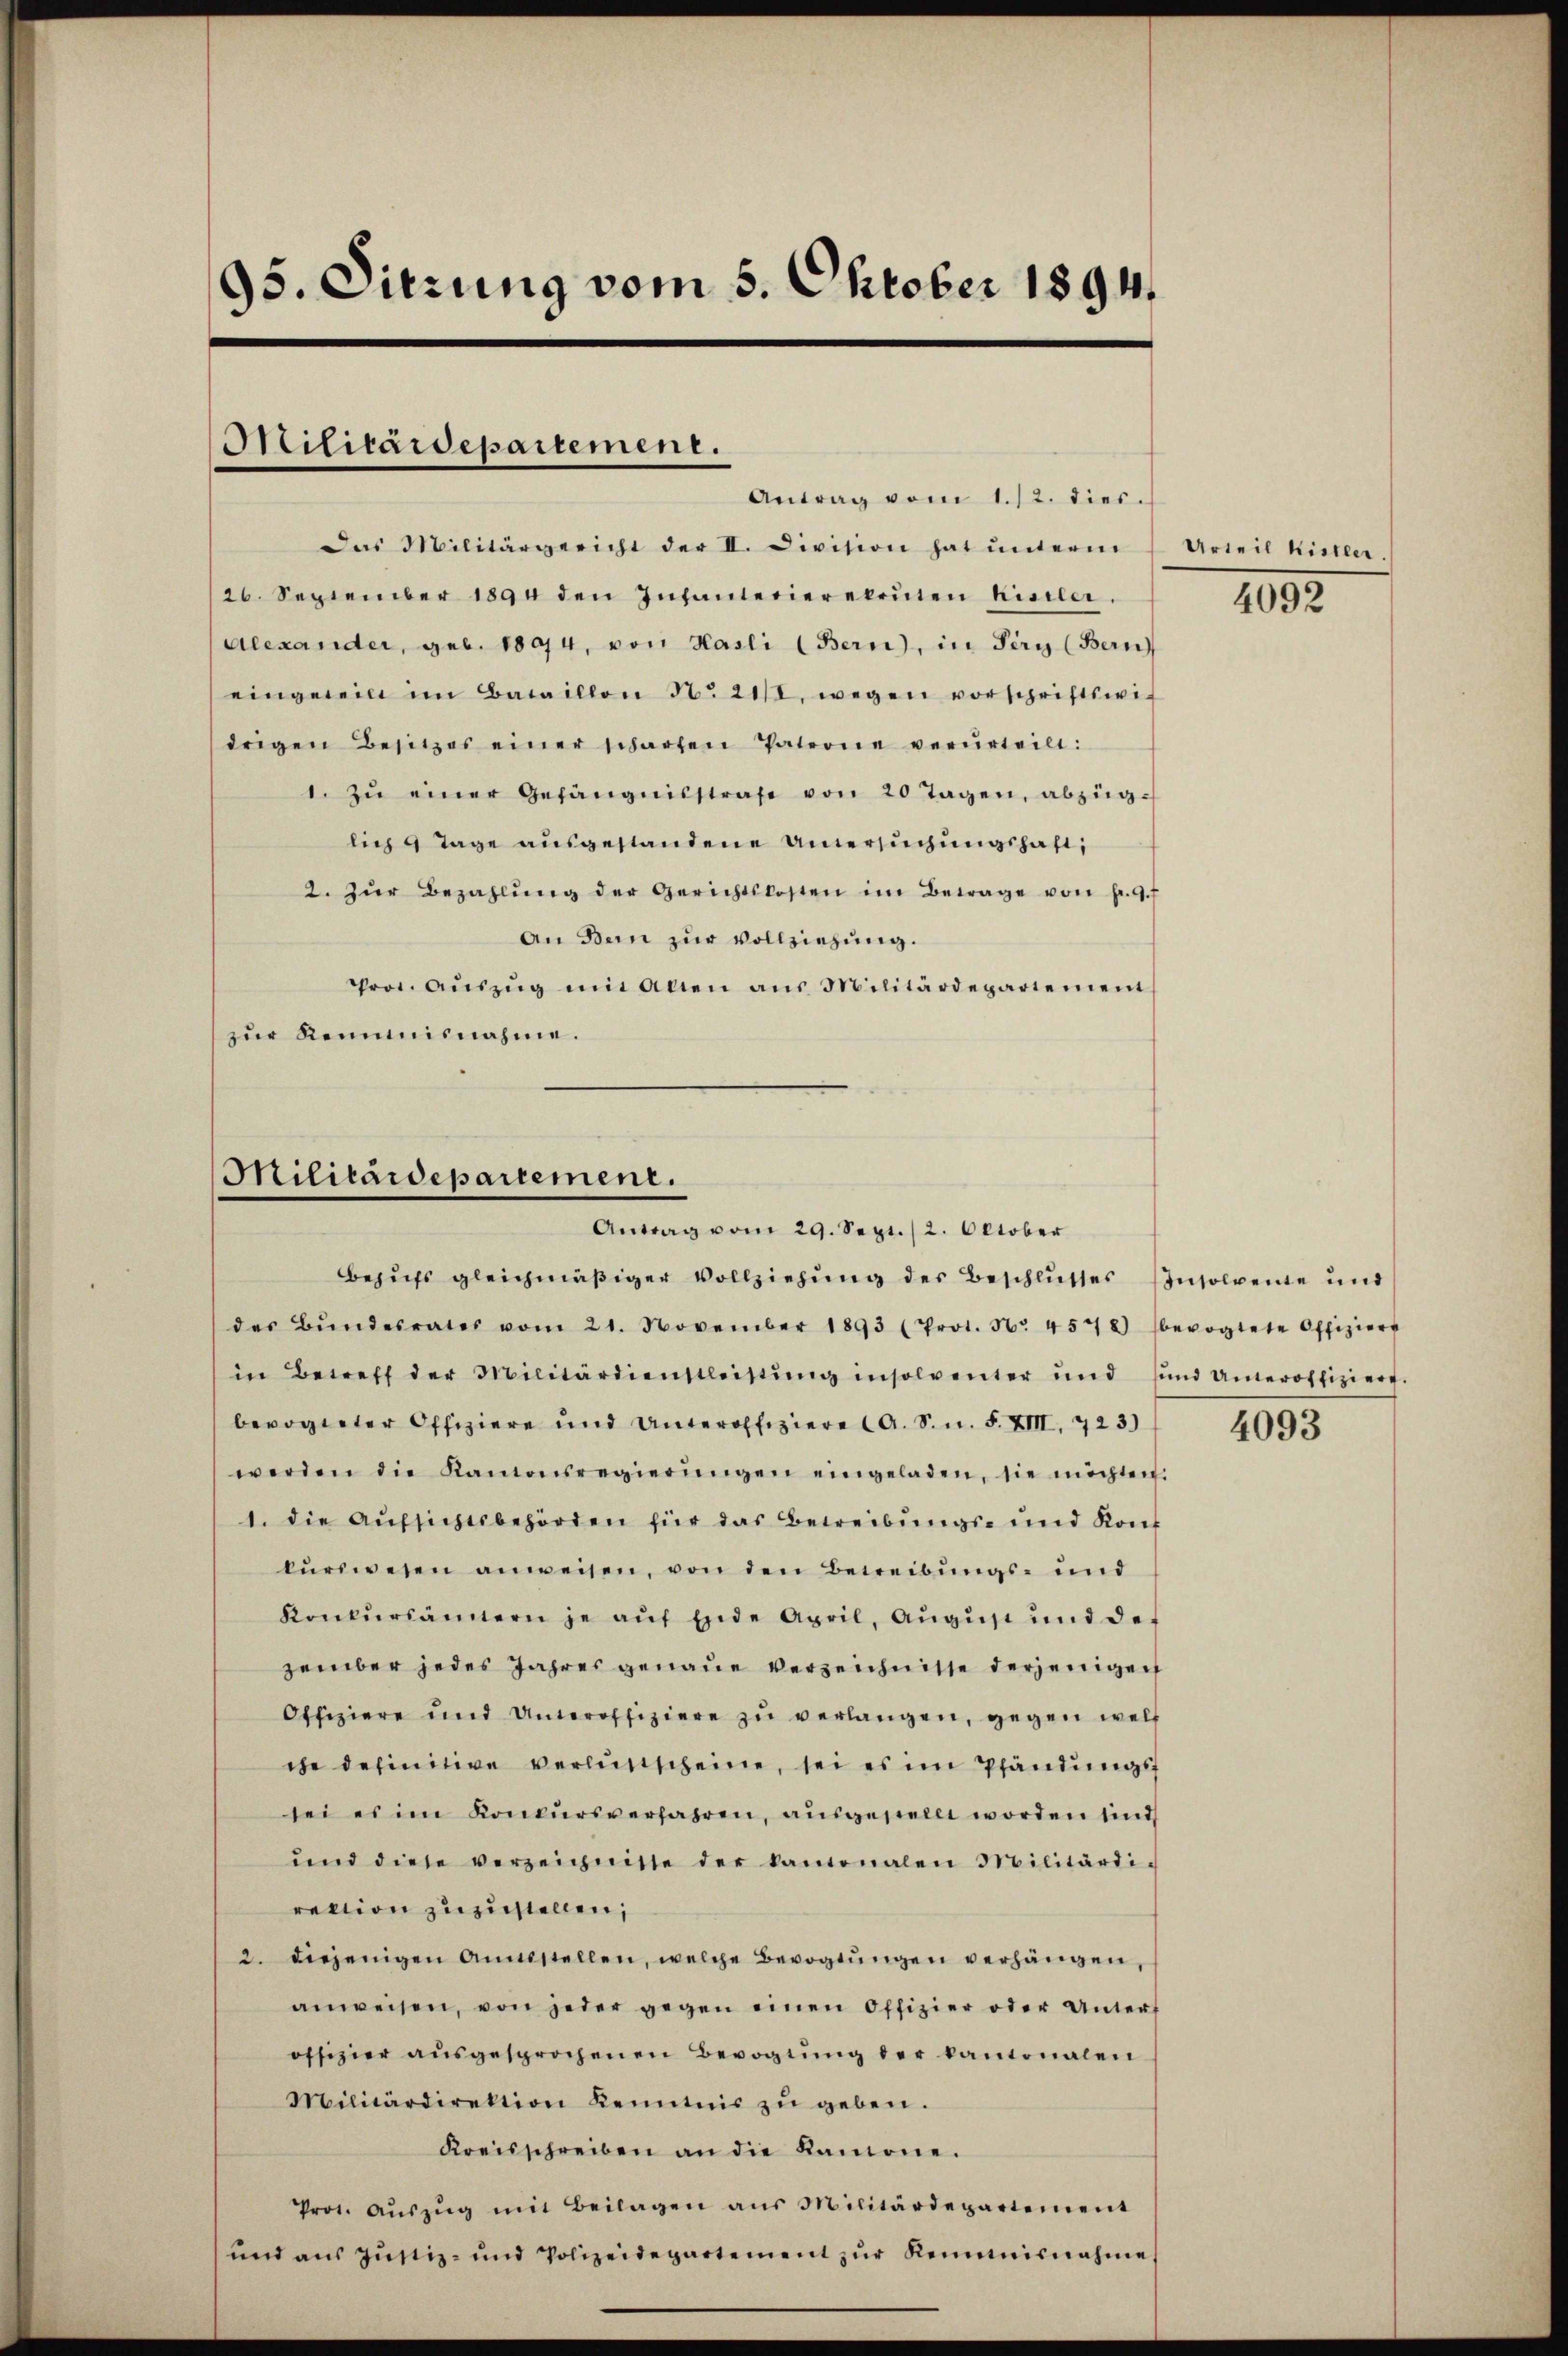
95. Sitzung vom 5. Oktober 1894

Militärdepartement.

Das Militärgericht der II. Division hat unterm
26. September 1894 den Infanterierekruten Kiseler.
Alexander, geb. 1894, von Hasli (Bern), in Pery (Bern)
eingerein im Bataillon No 212, wegen vorschriftswis
drigen Besitzes einer scharfen Paterne verurteilt:
1. zŭ einer Gefängnisstrafe von 20 Tagen, abzüglich 9 Tage ausgestandene Untersuchungshaft,
2. Zŭr Bezahlŭng der Gerichtskosten im Betrage von fr. 9 f
An Bern zur Vollziehung.
pro. aŭszŭg mit allen aus Militärdepariement
zur Remmnisnahme.

Antrag vom 1./2. dies.

Militärdepartement.
Antrag vom 29. Sept. 12. Oktober
Behŭfs gleichmäβiger Vollziehŭng der Beschlŭsses Insolvente und

des Bŭndesrates vom 21. November 1893 (Prot. Nr. 4572) bevogtete Offizier
in Betreff der Militärdienstleistung insolventer und sind Unteroffizierg.
bevogteter Offiziere und Unteroffiziere (A. S. n. F. XIII. 723.)
werden die Kantonsregierŭngen eingeladen, sie möchten:
1. Die Aufsichtsbehörden für das Betreibungs- und Konf
kŭrswesen anweisen, von den Betreibungs- und
Konkŭrsämtern je aŭf Ende April, August und des
zember jedes Jahres genaue Verzeichnisse derjenigen
Offiziere und Unteroffiziere zŭ verlangen, gegen wels
che definitive verlustscheine, sei es im Pfändungssei es im Konkŭrsverfahren, aŭsgestellt worden sind
ŭnd diese verzeichnitte der kantonalen Militärdi-
rection zuzustellen;
2. diejenigen Ausstellen, welche Bevogtŭngen verhängen,
anweisen, von jeder gegen einen Offizier oder Unters
offizier ausgesprochenen Bevogtung der kantonalen
Militärdirektion Kenntnis zŭ geben.
Kreisschreiben an die Kamone.
Prot. Aŭszŭg mit Beilagen aus Militärdepartement
und aus Justiz- und Polizeidepartement zur Keimisnahme

Urteil Kieller.

1092.

4093